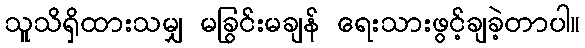
သူသိရှိထားသမျှ မခြွင်းမချန် ရေးသားဖွင့်ချခဲ့တာပါ။